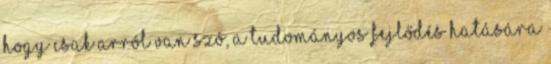
hogy csak arról van szó, a tudományos fejlődés hatására